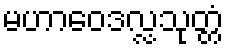
မဟာဝေဒလ္လသုတ္တံ